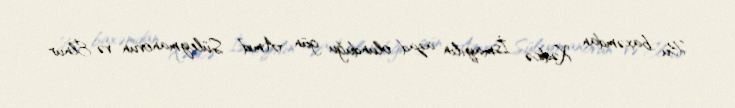
Bu baxəmdan Xədicə İsmayılın azad olunduğu gün Amid Süleymanovun və Elnur